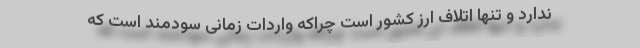
ندارد و تنها اتلاف ارز کشور است چراکه واردات زمانی سودمند است که